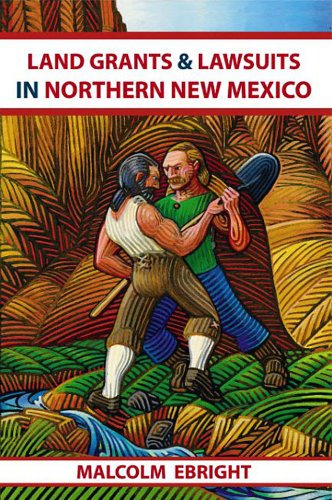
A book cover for Land Grants and Lawsuits in Northern New Mexico; Malcolm Ebright; Law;